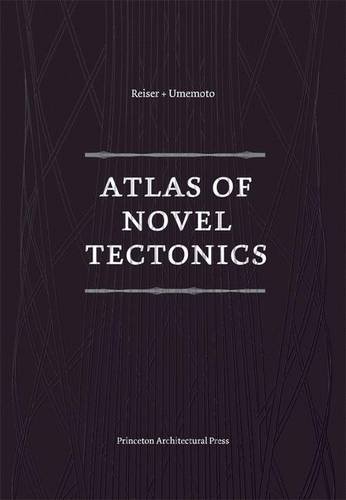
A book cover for Atlas of Novel Tectonics; Jesse Reiser; Arts & Photography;